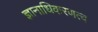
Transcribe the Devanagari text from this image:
ज्ञानाधिकरणत्व